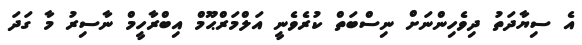
އެ ސިޔާދަތު ދިވެހިންނަށް ނިސްބަތް ކުރެވެނީ އަލްމަރްޙޫމް އިބްރާހީމް ނާސިރު މާ ގަދަ